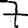
Digit: 7